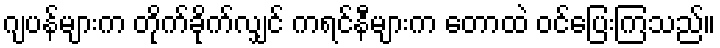
ဂျပန်များက တိုက်ခိုက်လျှင် ကရင်နီများက တောထဲ ဝင်ပြေးကြသည်။